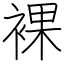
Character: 裸